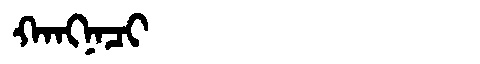
Manchu: ᡴᠠᠩᠨᠠᠴᡳ
Romanization: KANGNACI